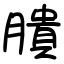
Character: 膭